Proceedings of the meeting of veterinary officers in India
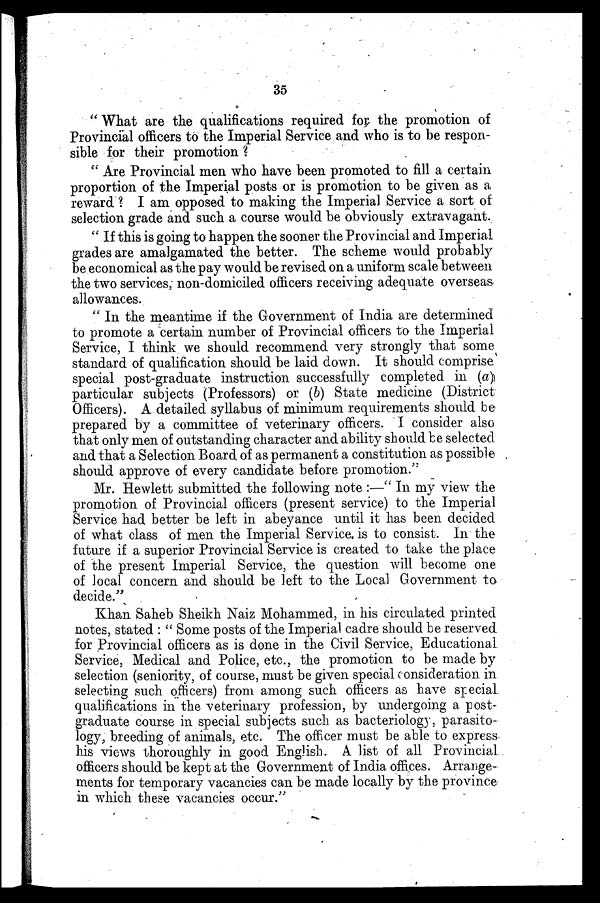
35
"What are the qualifications required for the promotion of
Provincial officers to the Imperial Service and who is to be respon-
sible for their promotion?
"Are Provincial men who have been promoted to fill a certain
proportion of the Imperial posts or is promotion to be given as a
reward? I am opposed to making the Imperial Service a sort of
selection grade and such a course would be obviously extravagant.
"If this is going to happen the sooner the Provincial and Imperial
grades are amalgamated the better. The scheme would probably
be economical as the pay would be revised on a uniform scale between
the two services, non-domiciled officers receiving adequate overseas
allowances.
"In the meantime if the Government of India are determined
to promote a certain number of Provincial officers to the Imperial
Service, I think we should recommend very strongly that some
standard of qualification should be laid down. It should comprise
special post-graduate instruction successfully completed in (a)
particular subjects (Professors) or (b) State medicine (District
Officers). A detailed syllabus of minimum requirements should be
prepared by a committee of veterinary officers. I consider also
that only men of outstanding character and ability should be selected
and that a Selection Board of as permanent a constitution as possible
should approve of every candidate before promotion."
Mr. Hewlett submitted the following note:—"In my view the
promotion of Provincial officers (present service) to the Imperial
Service had better be left in abeyance until it has been decided
of what class of men the Imperial Service, is to consist. In the
future if a superior Provincial Service is created to take the place
of the present Imperial Service, the question will become one
of local concern and should be left to the Local Government to
decide."
Khan Saheb Sheikh Naiz Mohammed, in his circulated printed
notes, stated: "Some posts of the Imperial cadre should be reserved
for Provincial officers as is done in the Civil Service, Educational
Service, Medical and Police, etc., the promotion to be made by
selection (seniority, of course, must be given special consideration in
selecting such officers) from among such officers as have special
qualifications in the veterinary profession, by undergoing a post-
graduate course in special subjects such as bacteriology, parasito-
logy, breeding of animals, etc. The officer must be able to express
his views thoroughly in good English. A list of all Provincial
officers should be kept at the Government of India offices. Arrange-
ments for temporary vacancies can be made locally by the province
in which these vacancies occur."